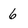
Character: 6